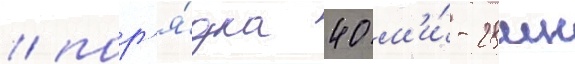
/ пор'я́дка 40 м'и́-28мн